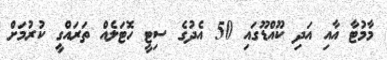
މާމުޓާ އާއި އަދި ކޫއްޑޫގައި 50 އެދުގެ ސިޓީ ހޮޓަލެއް ތަރައްގީ ކުރުމަށް